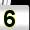
Digit: 5